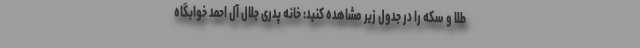
طلا و سکه را در جدول زیر مشاهده کنید: خانه پدری جلال آل احمد خوابگاه